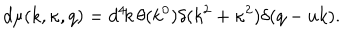
LaTeX: d \mu ( k , \kappa , q ) = d ^ { 4 } \! k \, \theta ( k ^ { 0 } ) \delta ( k ^ { 2 } + \kappa ^ { 2 } ) \delta ( q - u k ) .